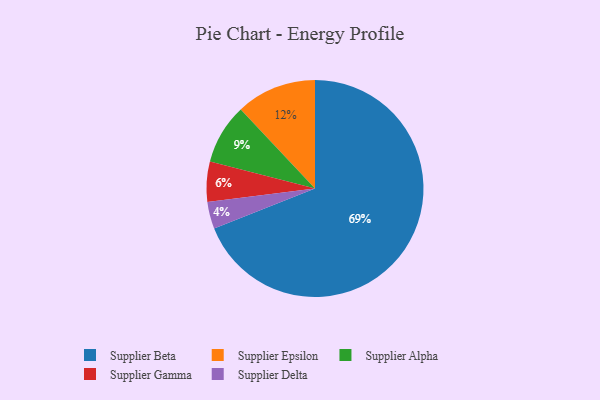
{"axis": {"x": "Category", "y": "Percentage"}, "legend": ["Supplier Alpha", "Supplier Beta", "Supplier Delta", "Supplier Epsilon", "Supplier Gamma"], "data": [{"x": "Supplier Delta", "y": 4, "type": "Supplier Delta"}, {"x": "Supplier Alpha", "y": 9, "type": "Supplier Alpha"}, {"x": "Supplier Gamma", "y": 6, "type": "Supplier Gamma"}, {"x": "Supplier Epsilon", "y": 12, "type": "Supplier Epsilon"}, {"x": "Supplier Beta", "y": 69, "type": "Supplier Beta"}]}